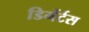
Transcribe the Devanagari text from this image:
डिमेंर्टस